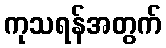
ကုသရန်အတွက်